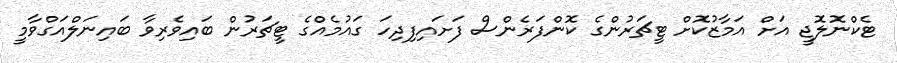
ޓެކްނޮލޮޖީ އަށް އަމާޒުކޮށް ޓީޗަރުންގެ ކޮންފަރެންސް ފަށައިފިދިހަ ގައުމެއްގެ ޓީޗަރުން ބައިވެރިވާ ބައިނަލްއަގްވާމީ